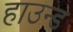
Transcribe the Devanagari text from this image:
हाउन्ड